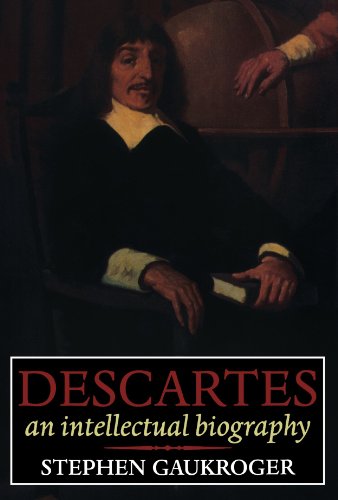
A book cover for Descartes: An Intellectual Biography; Stephen Gaukroger; Politics & Social Sciences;